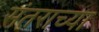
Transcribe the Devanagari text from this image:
संतराच्या